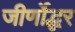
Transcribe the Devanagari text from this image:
जीर्णोद्धर